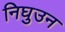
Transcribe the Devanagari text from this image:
निघुउन